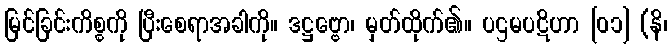
မြင်ခြင်းကိစ္စကို ပြီးစေရာအခါကို။ ဒဋ္ဌဗ္ဗော၊ မှတ်ထိုက်၏။ ပဌမပဋိဟာ [၀၁] (နိ၊